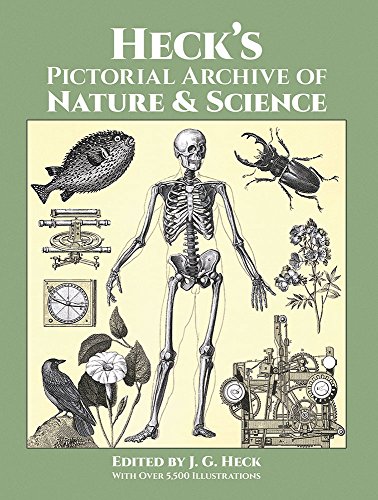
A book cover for Heck's Pictorial Archive of Nature and Science (Dover Pictorial Archive, Vol. 3); Arts & Photography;